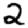
Digit: 2